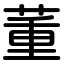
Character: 董